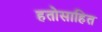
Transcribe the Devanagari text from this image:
हतोसाहित